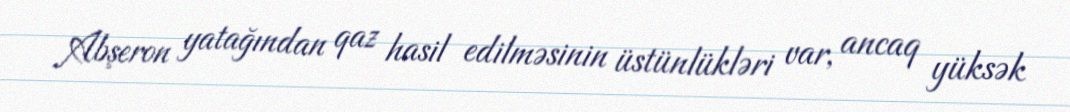
Abşeron yatağından qaz hasil edilməsinin üstünlükləri var, ancaq yüksək